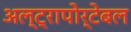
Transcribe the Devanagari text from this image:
अल्ट्रापोर्टेबल